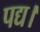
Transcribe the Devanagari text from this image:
पद्य।